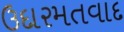
ઉદારમતવાદ